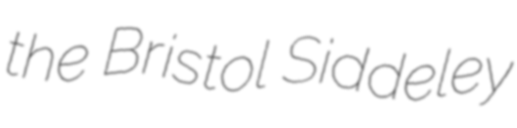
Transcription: the Bristol Siddeley